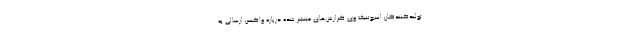
تولیدکنندگان اسپوتنیک وی گزارش‌های منتشر شده درباره واکسن ارسالی به